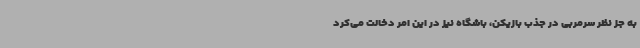
به جز نظر سرمربی در جذب بازیکن، باشگاه نیز در این امر دخالت می‌کرد